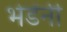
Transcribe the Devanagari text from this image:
भेडेंनी